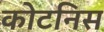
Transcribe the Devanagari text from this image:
कोटनिस